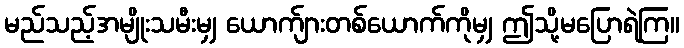
မည်သည့်အမျိုးသမီးမျှ ယောက်ျားတစ်ယောက်ကိုမျှ ဤသို့မပြောရဲကြ။